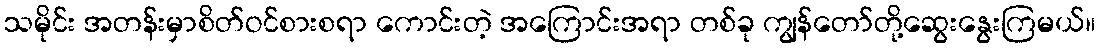
သမိုင်း အတန်းမှာစိတ်ဝင်စားစရာ ကောင်းတဲ့ အကြောင်းအရာ တစ်ခု ကျွန်တော်တို့ဆွေးနွေးကြမယ်။